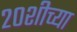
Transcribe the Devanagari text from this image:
२०शीच्या